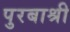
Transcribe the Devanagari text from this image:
पुरबाश्री